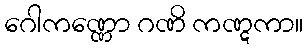
ဂေါကဏ္ဏော ဂဏိ ကဏ္ဋကာ။